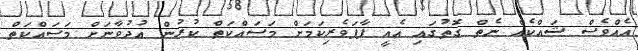
އެއްވެސް ޝައްކެއް ނެތް ގޮތުގައި އެއީ ފާފަވެރިކަމަށް މަސައްކަތް ކުރުން އުދުވާނަށް މަސައްކަތް